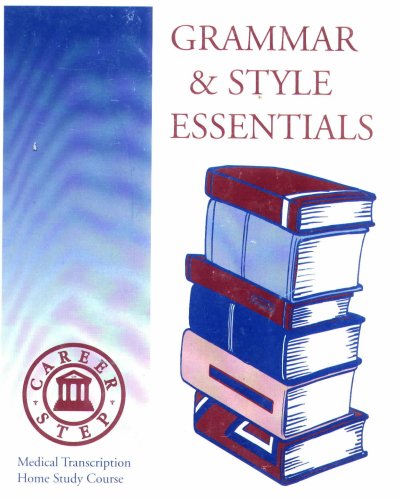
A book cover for Grammar & Style Essentials (Medical Transcription Home Study Course); Andrea Anaya; Medical Books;